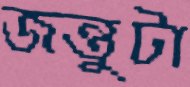
জন্তুটা